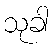
သုခါ